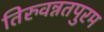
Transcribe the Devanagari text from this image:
तिरुवन्नतपुरम